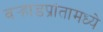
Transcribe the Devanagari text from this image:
वर्‍हाडप्रांतामध्ये